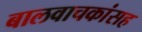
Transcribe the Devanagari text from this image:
बालवाचकांसह